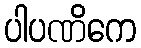
ပါပဏိကေ